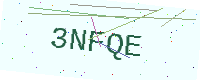
Text: 3NFQE